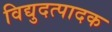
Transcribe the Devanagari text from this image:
विद्युदत्पादक